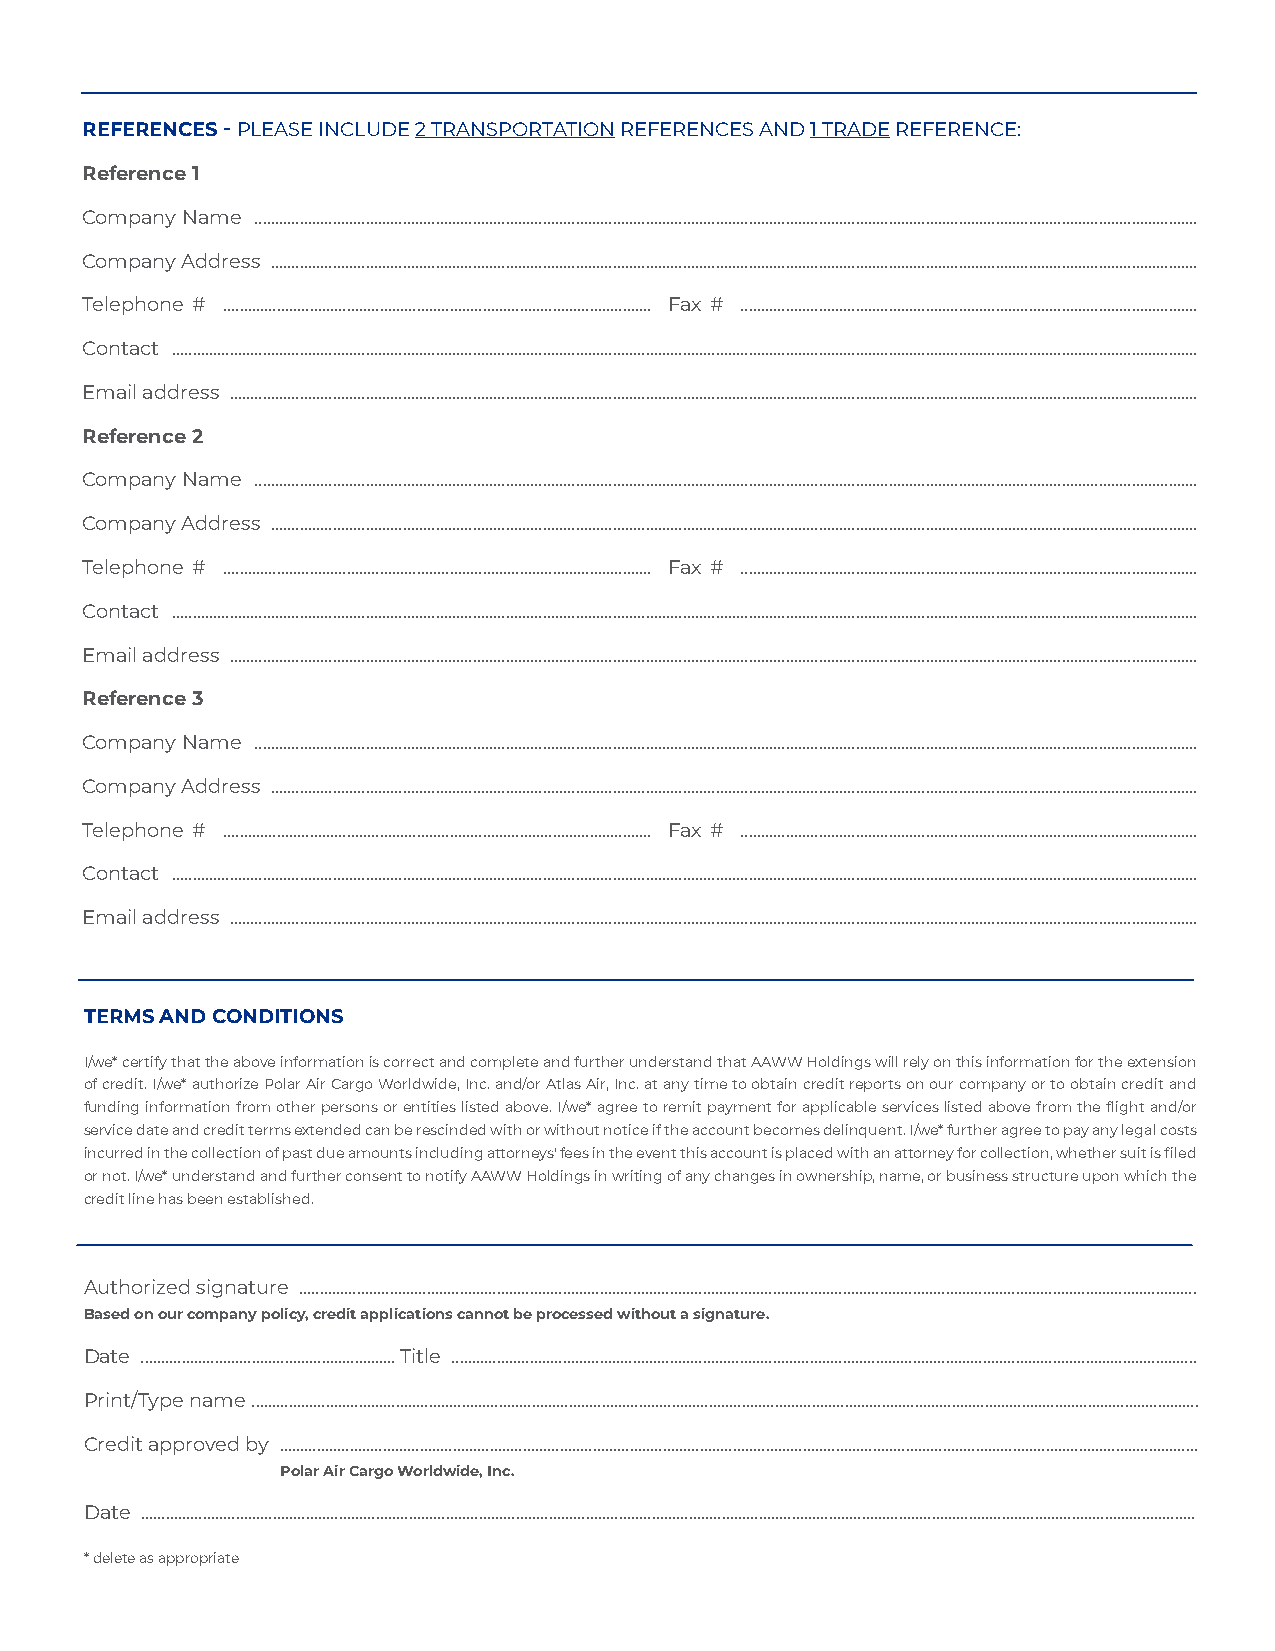
REFERENCES - PLEASE INCLUDE 2 TRANSPORTATION REFERENCES AND 1 TRADE REFERENCE:
 Reference 1
 Company Name .....................................................................................................................................................................................................................................
 Company Address .................................................................................................................................................................................................................................
 Telephone # ........................................................................................................ Fax # ...............................................................................................................
 Contact .........................................................................................................................................................................................................................................................
 Email address ...........................................................................................................................................................................................................................................
 Reference 2
 Company Name .....................................................................................................................................................................................................................................
 Company Address .................................................................................................................................................................................................................................
 Telephone # ........................................................................................................ Fax # ...............................................................................................................
 Contact .........................................................................................................................................................................................................................................................
 Email address ...........................................................................................................................................................................................................................................
 Reference 3
 Company Name .....................................................................................................................................................................................................................................
 Company Address .................................................................................................................................................................................................................................
 Telephone # ........................................................................................................ Fax # ...............................................................................................................
 Contact .........................................................................................................................................................................................................................................................
 Email address ...........................................................................................................................................................................................................................................
 TERMS AND CONDITIONS
 I/we* certify that the above information is correct and complete and further understand that AAWW Holdings will rely on this information for the extension
 of credit. I/we* authorize Polar Air Cargo Worldwide, Inc. and/or Atlas Air, Inc. at any time to obtain credit reports on our company or to obtain credit and
 funding information from other persons or entities listed above. I/we* agree to remit payment for applicable services listed above from the flight and/or
 service date and credit terms extended can be rescinded with or without notice if the account becomes delinquent. I/we* further agree to pay any legal costs
 incurred in the collection of past due amounts including attorneys' fees in the event this account is placed with an attorney for collection, whether suit is filed
 or not. I/we* understand and further consent to notify AAWW Holdings in writing of any changes in ownership, name, or business structure upon which the
 credit line has been established.
 Authorized signature ..........................................................................................................................................................................................................................
 Based on our company policy, credit applications cannot be processed without a signature.
 Date .............................................................. Title .....................................................................................................................................................................................
 Print/Type name ......................................................................................................................................................................................................................................
 Credit approved by ...............................................................................................................................................................................................................................
 Polar Air Cargo Worldwide, Inc.
 Date ................................................................................................................................................................................................................................................................
 * delete as appropriate